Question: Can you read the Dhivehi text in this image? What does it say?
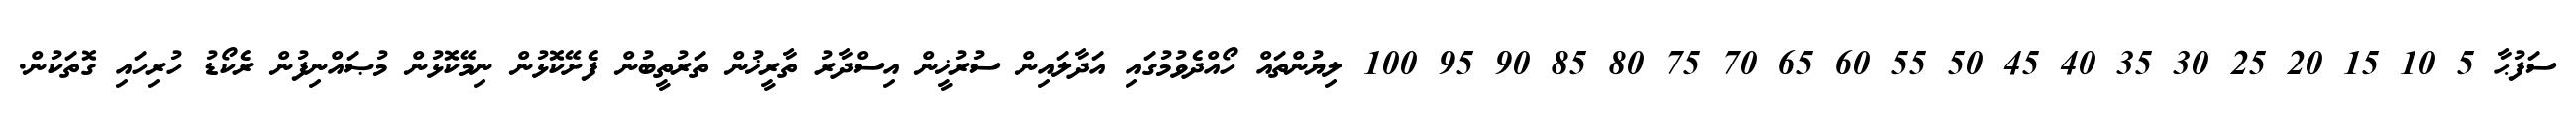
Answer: ސަފުޙާ 5 10 15 20 25 30 35 40 45 50 55 60 65 70 75 80 85 90 95 100 ލިޔުންތައް ހޯއްދެވުމުގައި އަދާލައިން ސުރުޚީން އިސްދާރު ތާރީޚުން ތަރުތީބުން ފެށޭކޮޅުން ނިމޭކޮޅުން މުޞައްނިފުން ރެކޯޑު ހުރިހައި ގޮތަކުން.